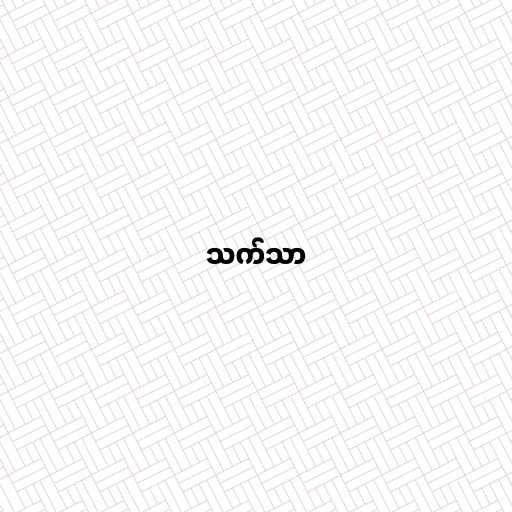
သက်သာ